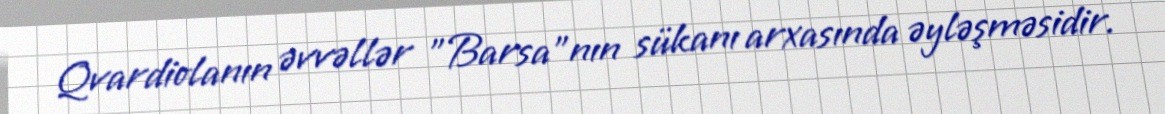
Qvardiolanın əvvəllər "Barsa"nın sükanı arxasında əyləşməsidir.